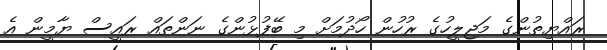
ރައްޔިތުންގެ މަޖިލީހުގެ ރުހުން ހޯދުމަށް މި ބޭފުޅުންގެ ނަންތައް ރައީސް ޔާމީން އެ